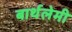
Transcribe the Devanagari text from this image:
बार्थलेमी